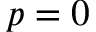
p = 0